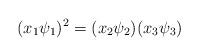
LaTeX: \begin{align*}(x_1 \psi_1)^2 = (x_2 \psi_2)(x_3\psi_3)\end{align*}